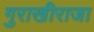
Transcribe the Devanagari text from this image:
गुराखीराजा